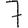
Digit: 7